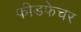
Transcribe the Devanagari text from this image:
फीडफेचर